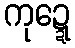
ကုဍ္ဍေ